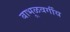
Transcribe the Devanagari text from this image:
बाभूळवर्गीय